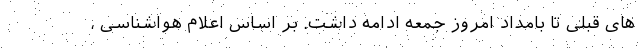
های قبلی تا بامداد امروز جمعه ادامه داشت. بر اساس اعلام هواشناسی ،